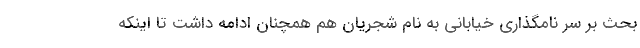
بحث بر سر نامگذاری خیابانی به نام شجریان هم همچنان ادامه داشت تا اینکه